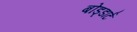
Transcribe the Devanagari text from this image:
बोड्डार्ट